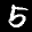
Label: 5